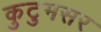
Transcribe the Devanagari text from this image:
कुटुमसर